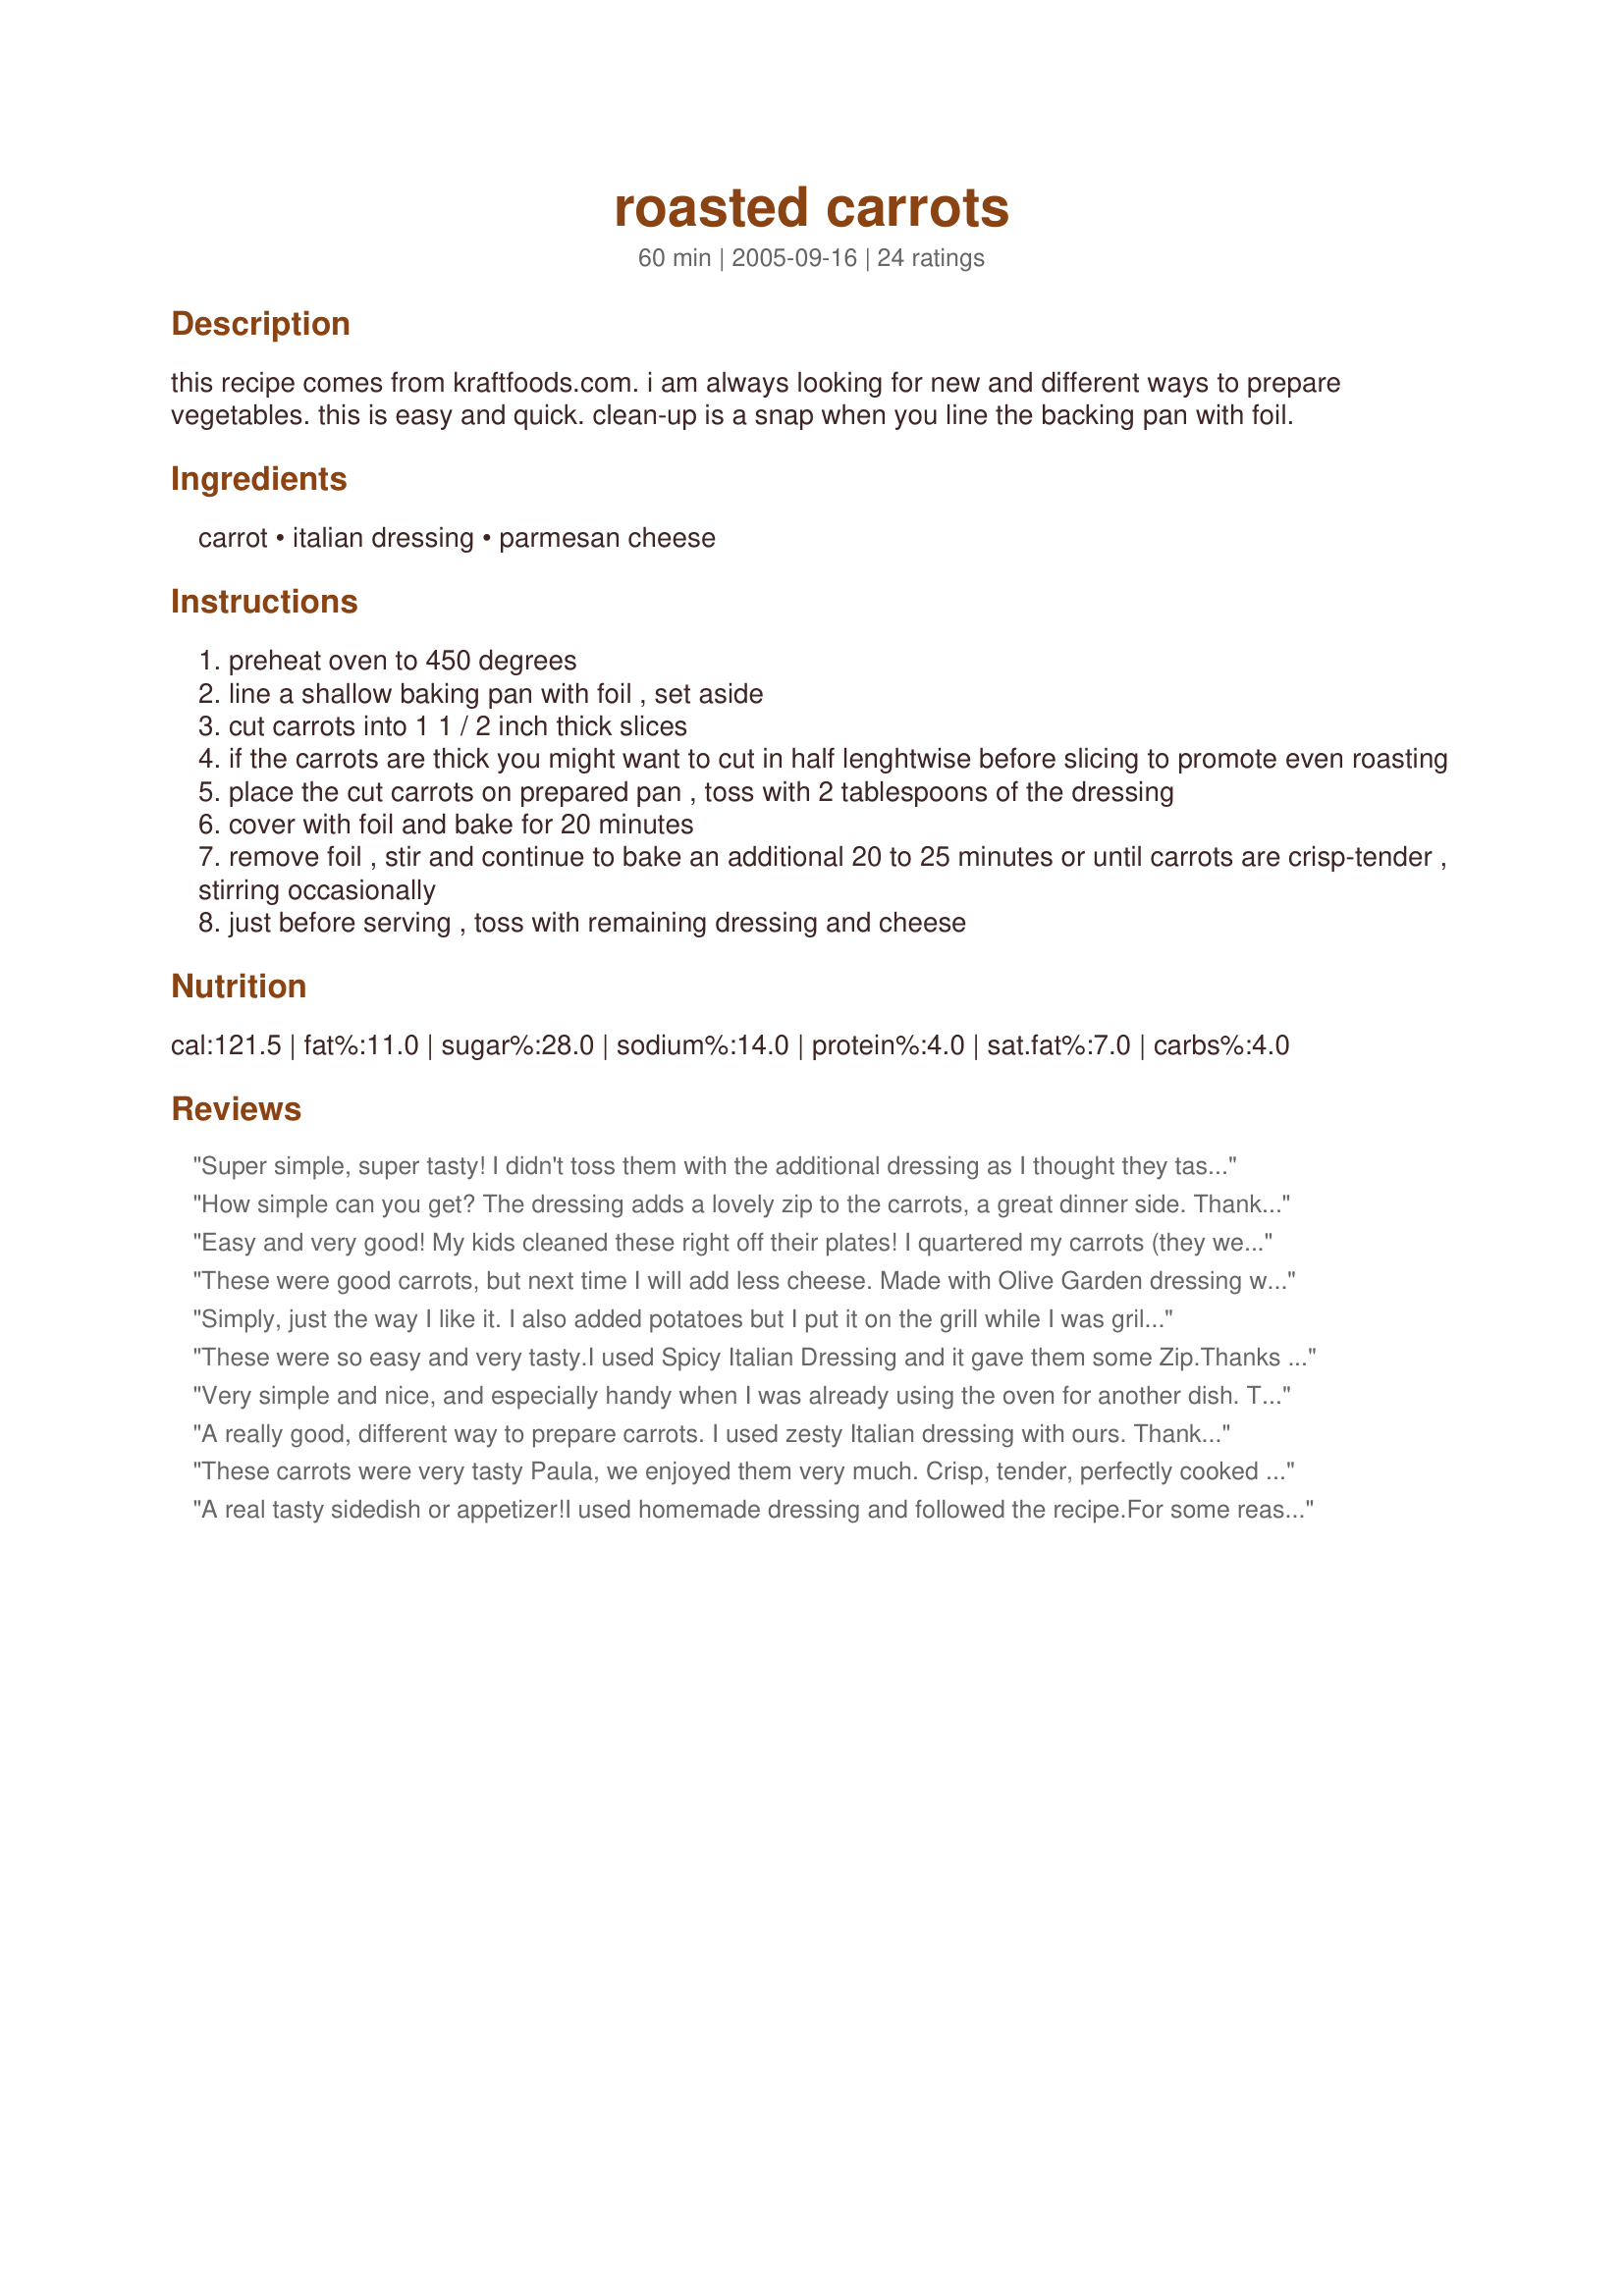
roasted carrots
Preparation time: 60 minutes

this recipe comes from kraftfoods.com. i am always looking for new and different ways to prepare vegetables. this is easy and quick. clean-up is a snap when you line the backing pan with foil.

Ingredients:
carrot, italian dressing, parmesan cheese

Steps:
preheat oven to 450 degrees
line a shallow baking pan with foil , set aside
cut carrots into 1 1 / 2 inch thick slices
if the carrots are thick you might want to cut in half lenghtwise before slicing to promote even roasting
place the cut carrots on prepared pan , toss with 2 tablespoons of the dressing
cover with foil and bake for 20 minutes
remove foil , stir and continue to bake an additional 20 to 25 minutes or until carrots are crisp-tender , stirring occasionally
just before serving , toss with remaining dressing and cheese

Reviews:
Super simple, super tasty! I didn't toss them with the additional dressing as I thought they tasted great just as they came out of the oven. Thanks for sharing Paula! Made for the Bistro Babes - ZWT 8
How simple can you get? The dressing adds a lovely zip to the carrots, a great dinner side. Thanks for posting!
Easy and very good! My kids cleaned these right off their plates! I quartered my carrots (they were big home grown ones), peeled and cut in the thick slices. Cooked for 40 minutes. These are great, thanks!
These were good carrots, but next time I will add less cheese. Made with Olive Garden dressing which is creamy and 1Tbs Parmesan cheese and it was a little too much on the carrots; no fault of the recipe. Made for ZWT8
Simply, just the way I like it. I also added potatoes but I put it on the grill while I was grilling chicken. Very good.
These were so easy and very tasty.I used Spicy Italian Dressing and it gave them some Zip.Thanks for posting; I made this for WT3.
Rita
Very simple and nice, and especially handy when I was already using the oven for another dish. Thank you Paula, a good tasty side-dish and a new spin on carrots :) Made for ZWT8
A really good, different way to prepare carrots. I used zesty Italian dressing with ours. Thanks for posting. Made for Aussie recipe swap.
These carrots were very tasty Paula, we enjoyed them very much. Crisp, tender, perfectly cooked with a lovely zing of flavor. We really enjoyed the addition of the parmesan cheese on them. I will be making this recipe again often, they were quick and very easy to prepare. Thanks for sharing another winner.
A real tasty sidedish or appetizer!<br/>I used homemade dressing and followed the recipe.<br/>For some reason sometimes the kind of carrots don't turn soft after baking them a long time (it's not the first time), but I don't care and I love them as they are.<br/>Thanks a lot for the reicpe all my family loved them.
I don&#039;t know why but I typically use carrots either in a salad or cooked with other vegetables. This time all I had was carrots so I decided to try this recipe. So glad I did. They were quite tasty and I will definitely make them again!
These were super easy to make, however I sliced mine very thin and they were still not done in an hour. But they were worth the wait. Will make again. Made for ZWT4.
These were very good. Super easy to prepare and a different spin on plain boiled carrots. The combination of Italian Dressing and Parmesan worked well together. I would make these again :) Made for ZWT 3 Nick's Mom
Great way to fix carrots. The dressing and parm really made them special! Thanks for sharing. Made for ZWT 8.
So simple and good. I used a zesty Italian dressing which added a nice touch. Thanks Paula for sharing. Made for Cookbook Tag.
These were incredibly easy to make and oh so tasty. Mine browned up nicely almost like they were carmelized. I didn't add more salad dressing afterwards and they tasted great!
Very nice and easy recipe. I make a similar recipe using potatoes, carrots, onions and some seasoning. I did add some sliced onion and roasted these as instructed and the clean-up was quick and easy. I will also be doing these on the grill this summer. Thanks Paula
I gave this recipe 3 stars. My future hubby and I liked these carrots. I think we thought there would be alot more flavor. Overall these were a good roasted carrot. I'll make this recipe again. Thanks for posting a good recipe. Christine (internetnut)
Very different spin on vegetables! Preparation was easy , cleanup a breeze cuz I followed your directions ;) 

We enjoyed these for a good change of pace from the every day .... thanks so much for posting!
This can't be any easier!! Though I did forget to add the cheese at the end!! ;) Thanks Paula! :)
Excellent!
These were absolutely delicious! Best carrots ever. I will make these over and over. Thanks!!! :)
I am partial to carrots, and also partial to parmesan cheese in my Italian dressing. I felt the cooking time for these carrots were perfect - not too soft and not too crunchy. Not entirely sure whether they would have tasted better if they were boiled instead though!? Thanks for a delicious side dish!
Yum yum! These were really tasty! I roasted some potatoes along with them and served them with steak for my DH. Delish! Thank you Paula!
